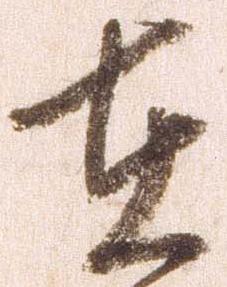
在